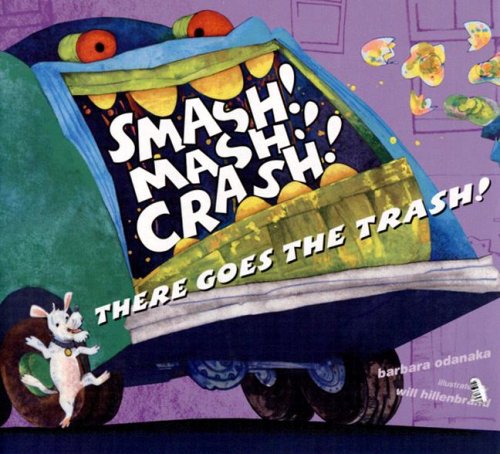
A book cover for Smash! Mash! Crash! There Goes the Trash!; Barbara Odanaka; Children's Books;